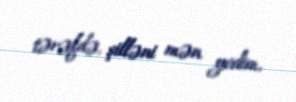
tərəfdə, şilləni mən yedim.